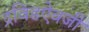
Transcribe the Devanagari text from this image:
द्रविडऐवजी